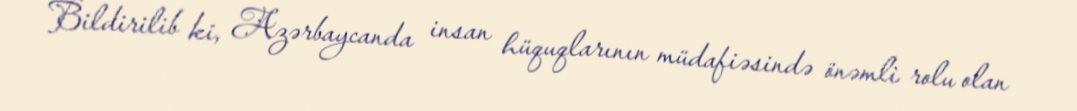
Bildirilib ki, Azərbaycanda insan hüquqlarının müdafiəsində önəmli rolu olan